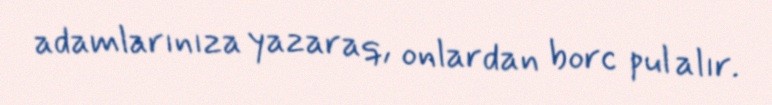
adamlarınıza yazaraq, onlardan borc pul alır.